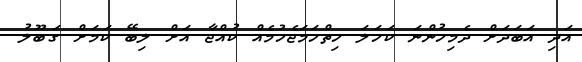
އަދި އަބަދަށް ދެމިހުންނަ ކަހަލަ ހިތްހަމަޖެހުމެއް ކުއްޖާ އަށް ލިބޭ ކަމަށް ގަބޫލު